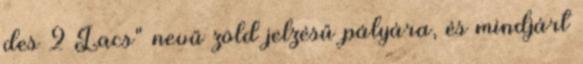
des 2 Lacs" nevű zöld jelzésű pályára, és mindjárt